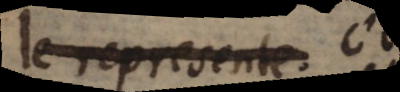
e represente en